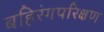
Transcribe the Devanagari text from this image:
बहिरंगपरिक्षण